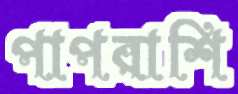
পাপরাশি